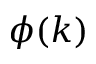
\phi ( k )